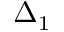
\Delta _ { 1 }